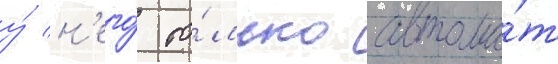
у́ н'его́ то́лько автома́т